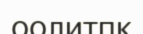
оолитпк